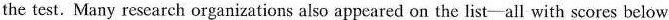
the tcst.Many resear Cn organizations also appeared on the list-all with scores below